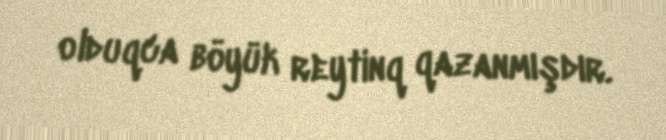
olduqca böyük reytinq qazanmışdır.